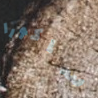
ساكورا